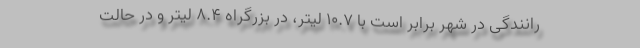
رانندگی در شهر برابر است با 10.7 لیتر، در بزرگراه 8.4 لیتر و در حالت